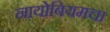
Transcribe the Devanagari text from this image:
नायोबियमचा